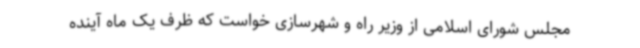
مجلس شورای اسلامی از وزیر راه و شهرسازی خواست که ظرف یک ماه آینده